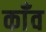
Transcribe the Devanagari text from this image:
काँव